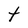
Character: t